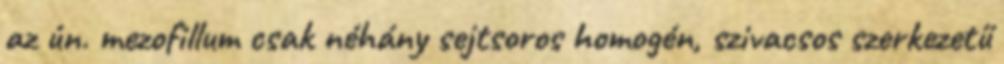
az ún. mezofillum csak néhány sejtsoros homogén, szivacsos szerkezetű